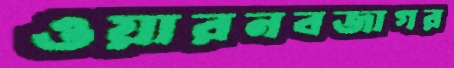
ওয়ারনবজাগর